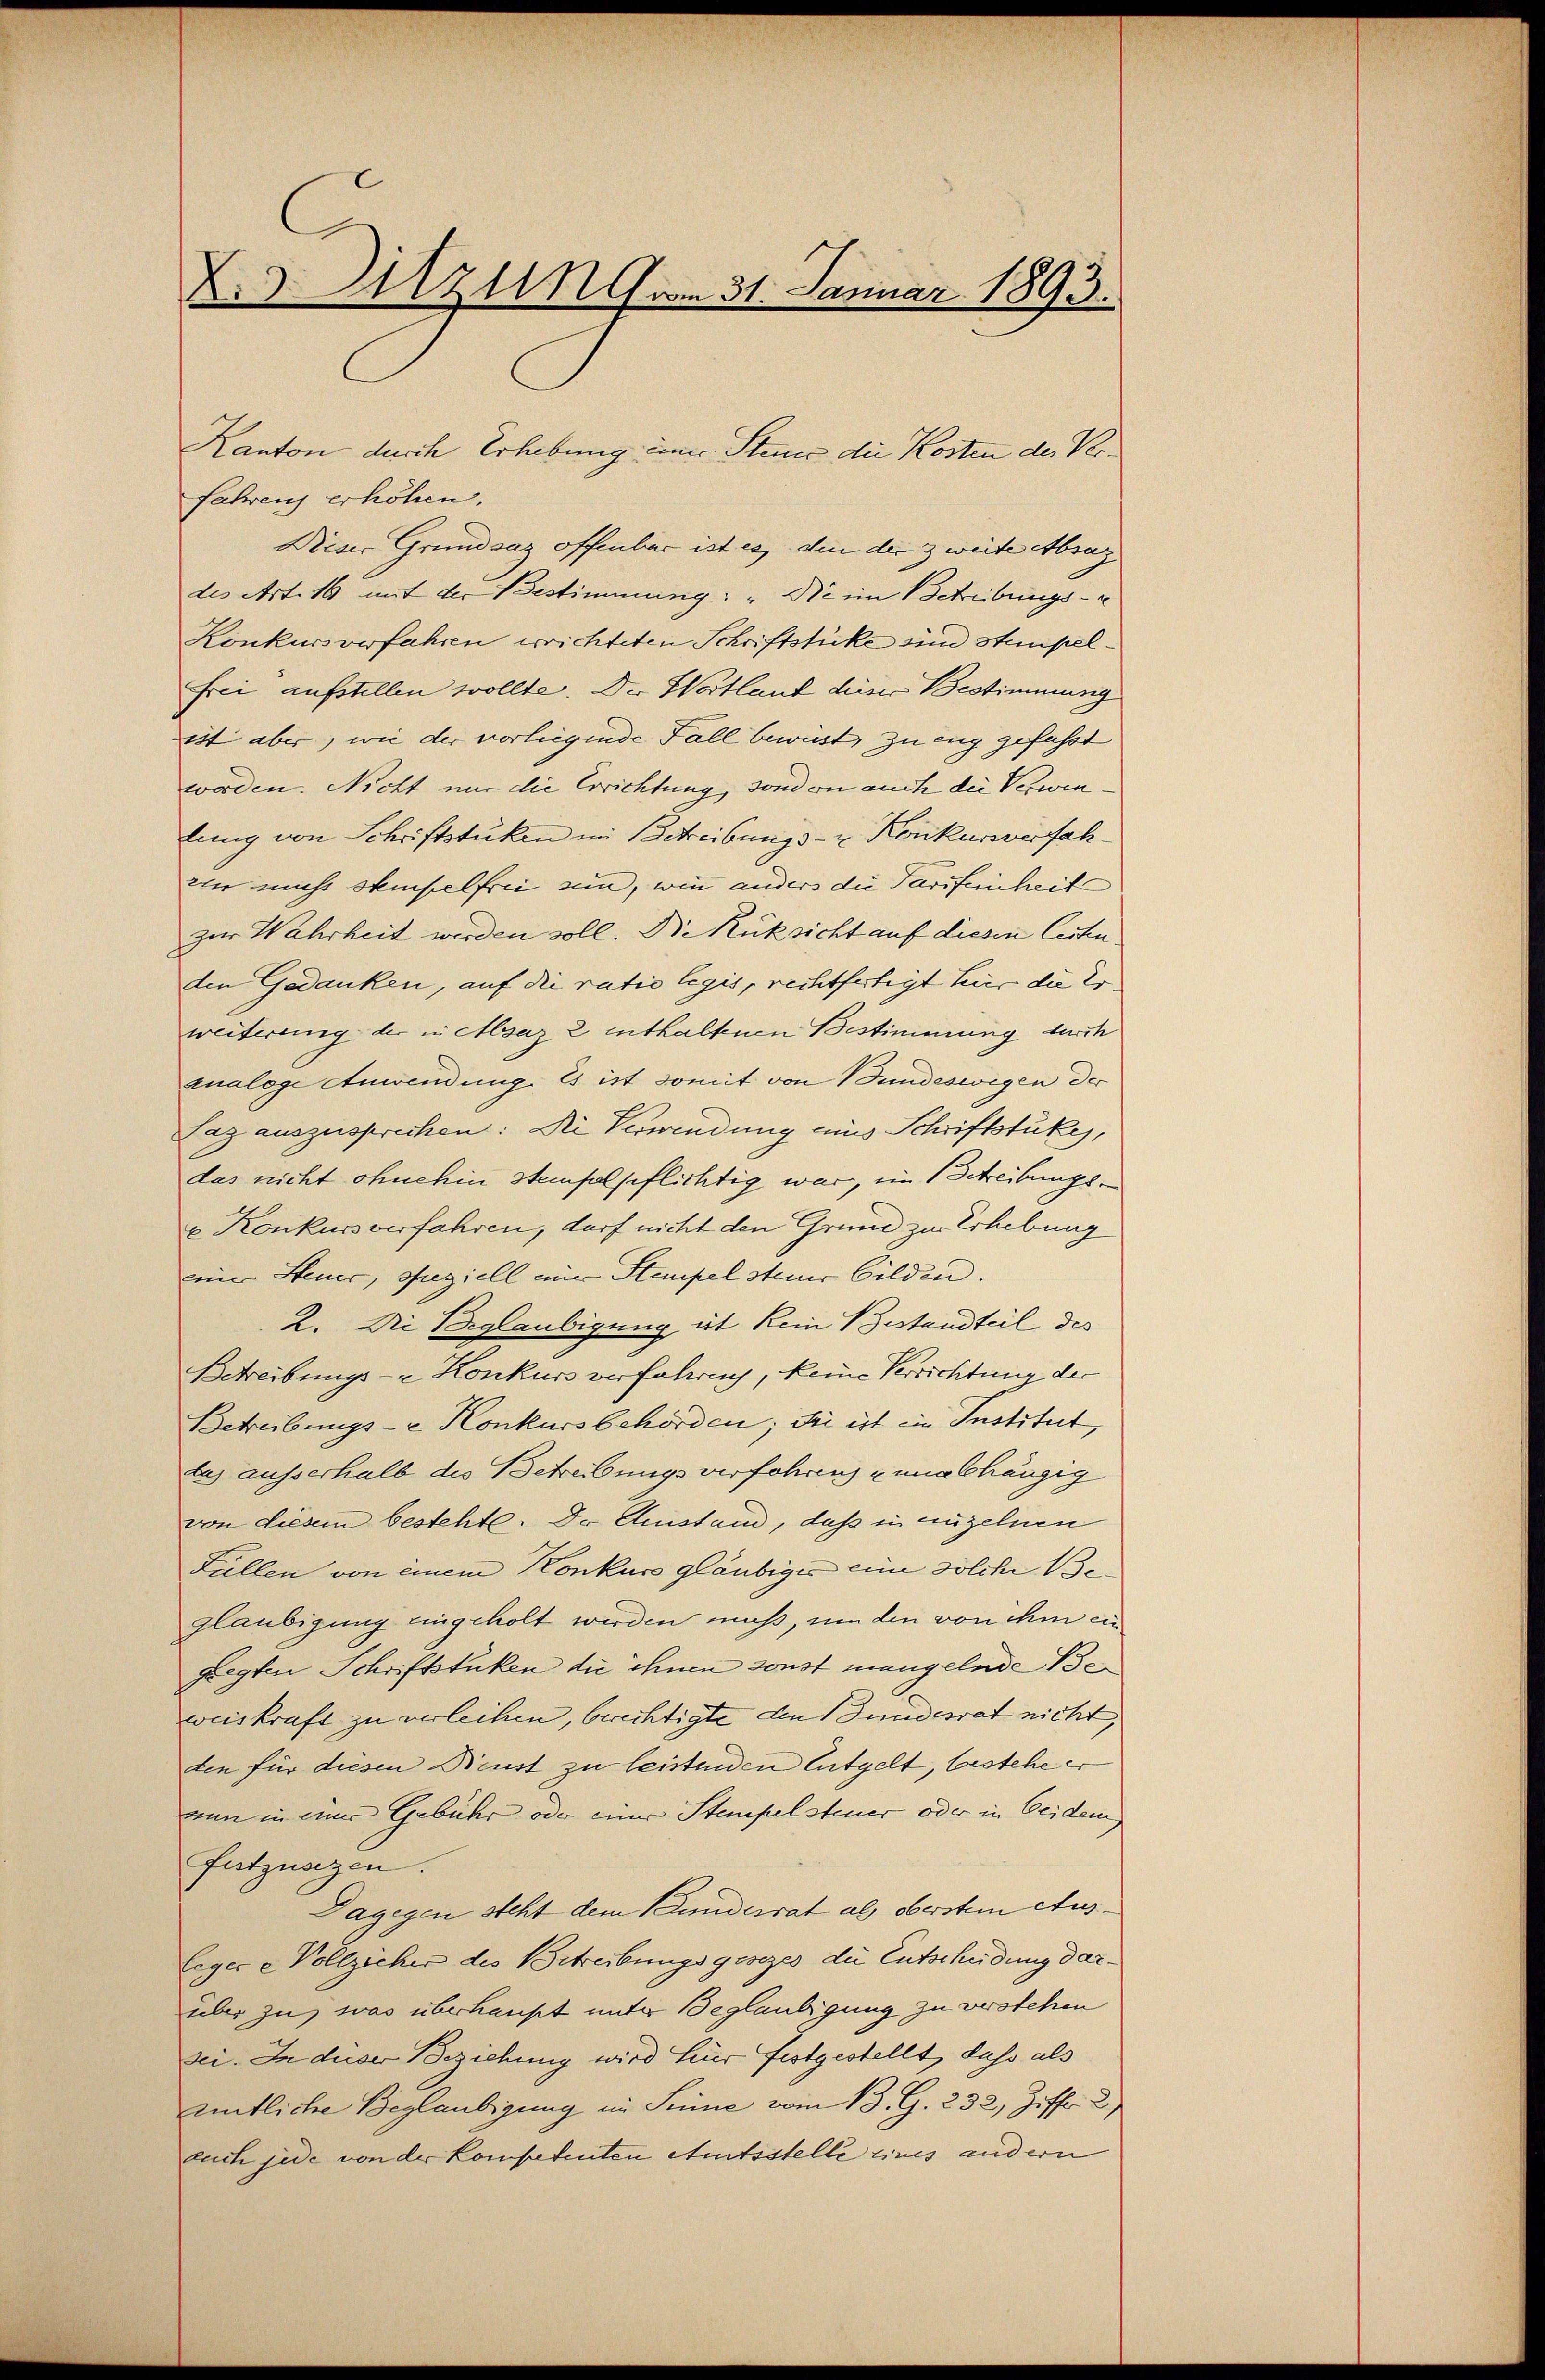
X.d. Uzn 9 am 31. Januar 1893.

Kanton durch Erhebung einer Stein die Kosten der Verfahrens erhöhen,
Dieser Grundsaz offenbar ist es, den der zweite Absag
des Art. 16 mit der Bestimmung: „Die im Schreibungs-
Konkursverfahren errichteten Schriftstücke ein Stempelfrei aufstellen wollte. Der Wortlaut dieser Bestimmung
ist aber, wie der vorliegende Fall bewust, zu eng gefasst
worden. Nicht nur die Errichtung, sondon auch die Verwenlung von Schriftstücken im Betreibungs- u. Konkursverfahwin nicht Stempelfrei sein, wie anders die Tarifeinheit
zur Wahrheit werden soll. Die Rüksicht auf diesen Cesten
den Gedanken, auf die ratio legis, rechtfertigt hier die Er
weiterung der in Absaz 2 enthaltenen Bestimmung durch
analoge Anwendung. Es ist somit von Bundeswegen der
Laz auszusprechen: Die Verwendung aus Schriftstükes,
das nicht ohnehin Stempelpflichtig war, im Betreibungs¬
u Konkurs verfahren, darf nicht den Grund zu Erhebung
eine Steuer, speziell mir Stempel steine bilden.
2. Die Beglaubigung ist kein Bestandteil des
Betreibungs- & Konkurs verfahrung, keine Verrichtung der
Betreibungs- & Konkursbehörden; die ist in Institut,
das ausserhalb des Betreibungsverfahren unabhängig
von diesem bestehte. Der Anstand, daß in anzelnen
Füllen von einem Konkurs gläubiges eine solche Beglaubigung eingeholt werden muß, um den von ihm ein
zegten Schriftstüken die ihnen sonst mangelnde Beweiskraft zu verleihen, berechtigte den undesrat nicht,
ten für diesen Reust zu leistenden Entgelt, bestehe er
nun in einer Gebühr oder einer Stempelsteuer oder in beidem
fatzungen.
Dagegen steht dem Bundesrat als oberstem Auslegere Vollzieher des Betreibungsgesezes die Entscheidung dar.
über zu, was überhaupt unter Beglaubigung zu verstehen
sei. In der Beziehung wird Heuer festgestellt, dass als
entliche Beglaubigung im Sinne vom 13. G. 232, Ziff. 2,
ruch jede von der Kompetenten Amtsstelle eines andern